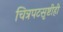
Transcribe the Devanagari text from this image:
चित्रपटसृष्टीही